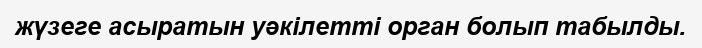
жүзеге асыратын уәкілетті орган болып табылды.